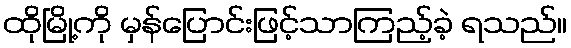
ထိုမြို့ကို မှန်ပြောင်းဖြင့်သာကြည့်ခဲ့ ရသည်။